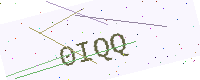
Text: 0IQQ